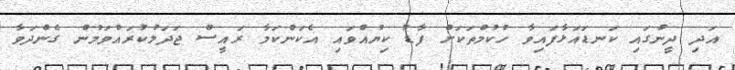
އަދި ދީނުގައި ކަނޑައަޅާފައިވާ ހުކުމްތަކަށް ފާޑު ކިޔުއްވައި އެކަންކަމާ ރައީސް ޖަދަލުކުރައްވަމުން ގެންދަވާ